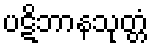
ပဋိဘာနသုတ္တံ